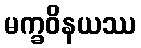
မက္ခဝိနယဿ